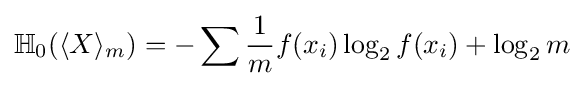
\mathbb {H} _{0}(\langle X\rangle _{m})=-\sum {\frac {1}{m}}f(x_{i})\log _{2}f(x_{i})+\log _{2}m